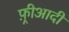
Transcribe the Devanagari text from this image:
फ़्रीआदीं